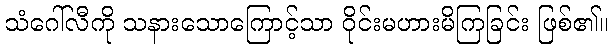
သံဂေါ်လီကို သနားသောကြောင့်သာ ဝိုင်းမဟားမိကြခြင်း ဖြစ်၏။